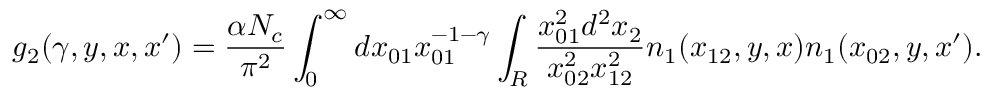
g _ { 2 } ( \gamma , y , x , x ^ { \prime } ) = \frac { \alpha N _ { c } } { \pi ^ { 2 } } \int _ { 0 } ^ { \infty } d x _ { 0 1 } x _ { 0 1 } ^ { - 1 - \gamma } \int _ { R } \frac { x _ { 0 1 } ^ { 2 } d ^ { 2 } x _ { 2 } } { x _ { 0 2 } ^ { 2 } x _ { 1 2 } ^ { 2 } } n _ { 1 } ( x _ { 1 2 } , y , x ) n _ { 1 } ( x _ { 0 2 } , y , x ^ { \prime } ) .